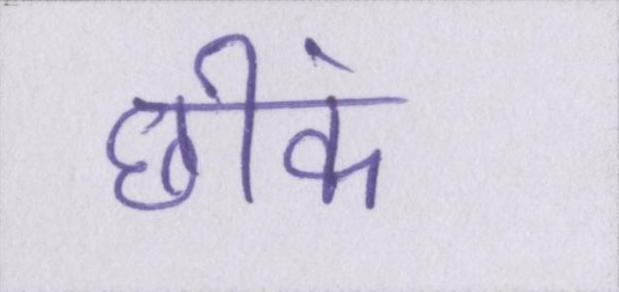
छींक